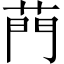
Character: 菛